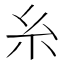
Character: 糸